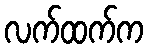
လက်ထက်က